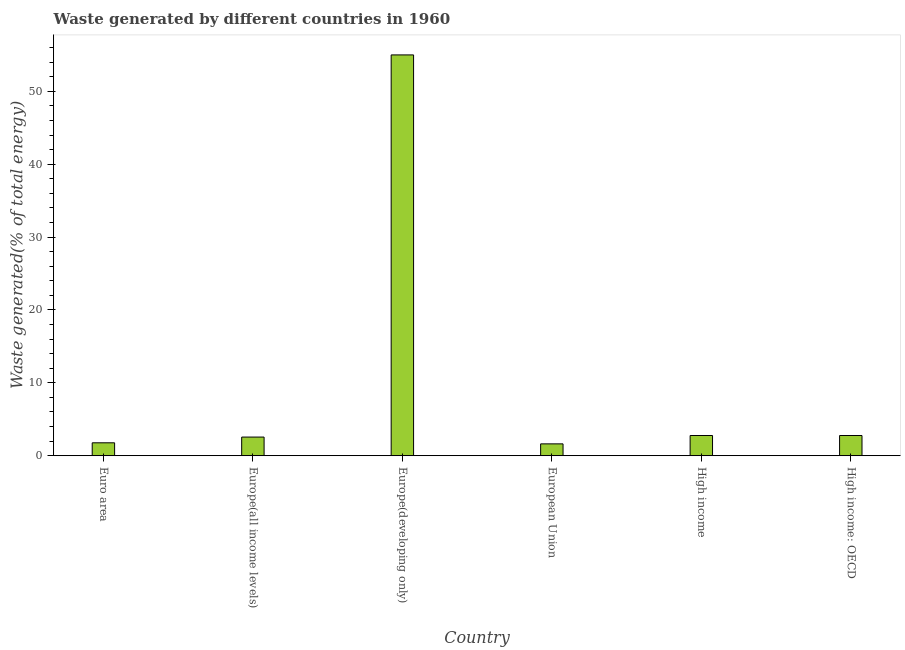
| Country | Combustible renewables and waste (% of total energy) |
 | --- | --- |
 | Euro area | 1.77 |
 | Europe(all income levels) | 2.56 |
 | Europe(developing only) | 55 |
 | European Union | 1.63 |
 | High income | 2.77 |
 | High income: OECD | 2.77 |